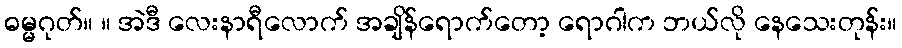
ဓမ္မဂုတ်။ ။ အဲဒီ လေးနာရီလောက် အချိန်ရောက်တော့ ရောဂါက ဘယ်လို နေသေးတုန်း။